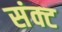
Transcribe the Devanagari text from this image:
संक्ट